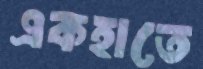
একহাতে